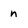
Character: n